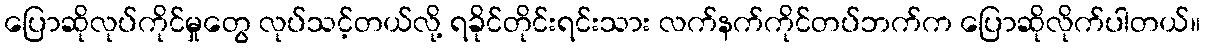
ပြောဆိုလုပ်ကိုင်မှုတွေ လုပ်သင့်တယ်လို့ ရခိုင်တိုင်းရင်းသား လက်နက်ကိုင်တပ်ဘက်က ပြောဆိုလိုက်ပါတယ်။